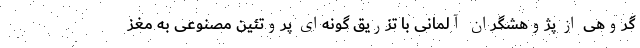
گروهی از پژوهشگران آلمانی با تزریق گونه‌ای پروتئین مصنوعی به مغز